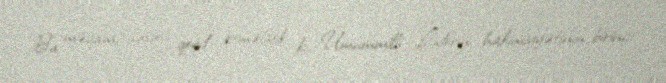
Bu məqamı xüsusi qeyd etməliyik ki, Ümummilli Liderin hakimiyyətinin birinci